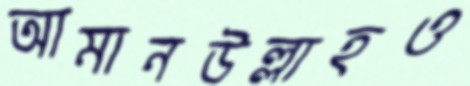
আমানউল্লাহও